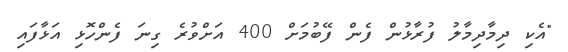
"އެކި ދިމާދިމާލު ފުރާޅުން ފެން ފޭބުމަށް 400 އަށްވުރެ ގިނަ ފެންހޮޅި އަޅާފައި